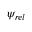
\psi _ { r e l }